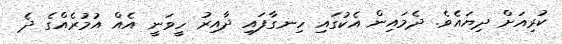
ކުރިއަށް ދިޔައެވެ. ދެމައިން އެކުގައި ހިނގާފައި ދާއިރު ހީވަނީ އެއް އުމުރެއްގެ ދެ